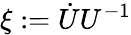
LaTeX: \xi:=\dot{U}U^{-1}